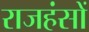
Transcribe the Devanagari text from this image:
राजहंसों